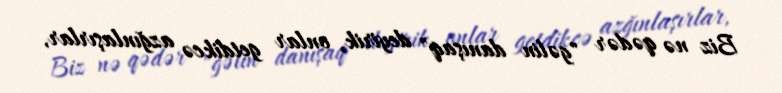
Biz nə qədər "gəlin danışaq" deyirik, onlar getdikcə azğınlaşırlar,